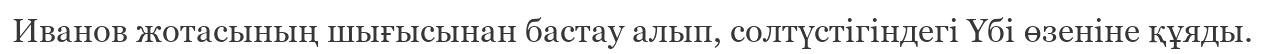
Иванов жотасының шығысынан бастау алып, солтүстігіндегі Үбі өзеніне құяды.